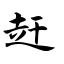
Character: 赶